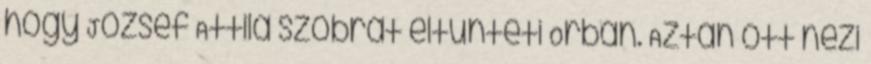
hogy József Attila szobrát eltünteti Orbán. Aztán ott nézi